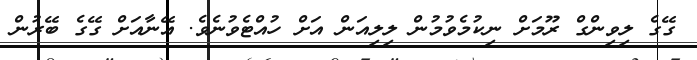
ގޭގެ ލިވިންގް ރޫމަށް ނިކުމެވުމުން ލިލިއަން އަށް ހުއްޓެވުނެވެ. އޭނާއަށް ގޭގެ ބޭރުން